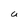
Character: a